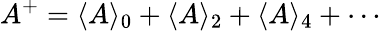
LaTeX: A^{+}=\langle A\rangle_{0}+\langle A\rangle_{2}+\langle A\rangle_{4}+\cdots